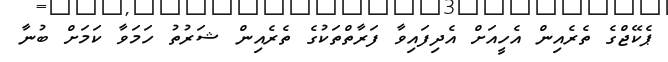
ޕެކޭޖްގެ ތެރެއިން އެހީއަށް އެދިފައިވާ ފަރާތްތަކުގެ ތެރެއިން ޝަރުތު ހަމަވާ ކަމަށް ބުނާ